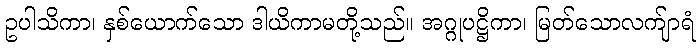
ဥပါသိကာ၊ နှစ်ယောက်သော ဒါယိကာမတို့သည်။ အဂ္ဂုပဋ္ဌိကာ၊ မြတ်သောလက်ျာရံ